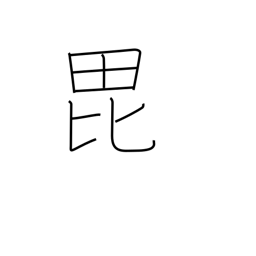
Meaning: help